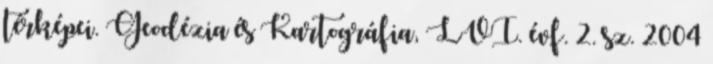
térképei. Geodézia és Kartográfia, LVI. évf. 2. sz. 2004